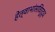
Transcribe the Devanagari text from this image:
हेत्वाभांसविरुद्ध